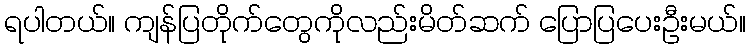
ရပါတယ်။ ကျန်ပြတိုက်တွေကိုလည်းမိတ်ဆက် ပြောပြပေးဦးမယ်။